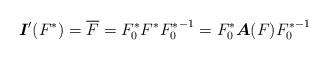
LaTeX: \begin{align*}\mbox{\boldmath$I$}'(F^{*})=\overline{F}=F^{*}_0 F^{*}{ F^{*}_0}^{-1}=F^{*}_0 \mbox{\boldmath$A$}(F) {F^{*}_0}^{-1}\end{align*}